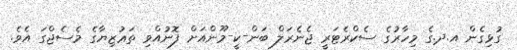
ގުޅިގެން އ.ދ.ގެ މިހާރުގެ ސެކްރެޓަރީ ޖެނެރަލް ބަން-ކީ-މޫންއަށް ފޮނުއްވި ތަޢުޒިޔާގެ މެސެޖްގަ އެވެ.